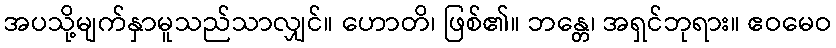
အပသို့မျက်နှာမူသည်သာလျှင်။ ဟောတိ၊ ဖြစ်၏။ ဘန္တေ၊ အရှင်ဘုရား။ ဧဝမေဝ